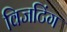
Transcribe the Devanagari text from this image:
विजटिंग